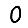
Digit: 0